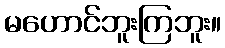
မဟောင်ဘူးကြဘူး။